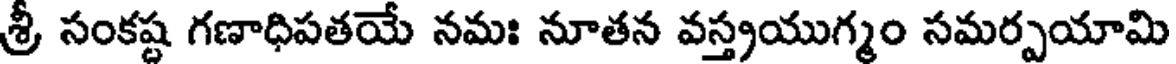
శ్రీ సంకష్ట గణాధిపతయే నమః నూతన వస్త్రయుగ్మం సమర్పయామి